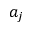
a _ { j }